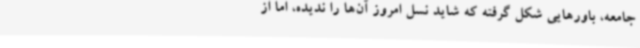
جامعه، باورهایی شکل گرفته که شاید نسل امروز آن‌ها را ندیده، اما از